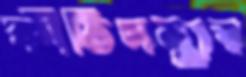
কীর্তিসম্ভার